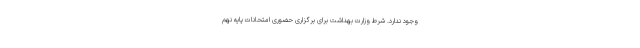
وجود ندارد. شرط وزارت بهداشت برای برگزاری حضوری امتحانات پایه نهم